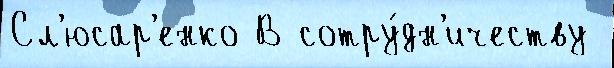
Сл'юсар'енко В сотру́дн'ичеству